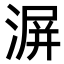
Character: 𣸹